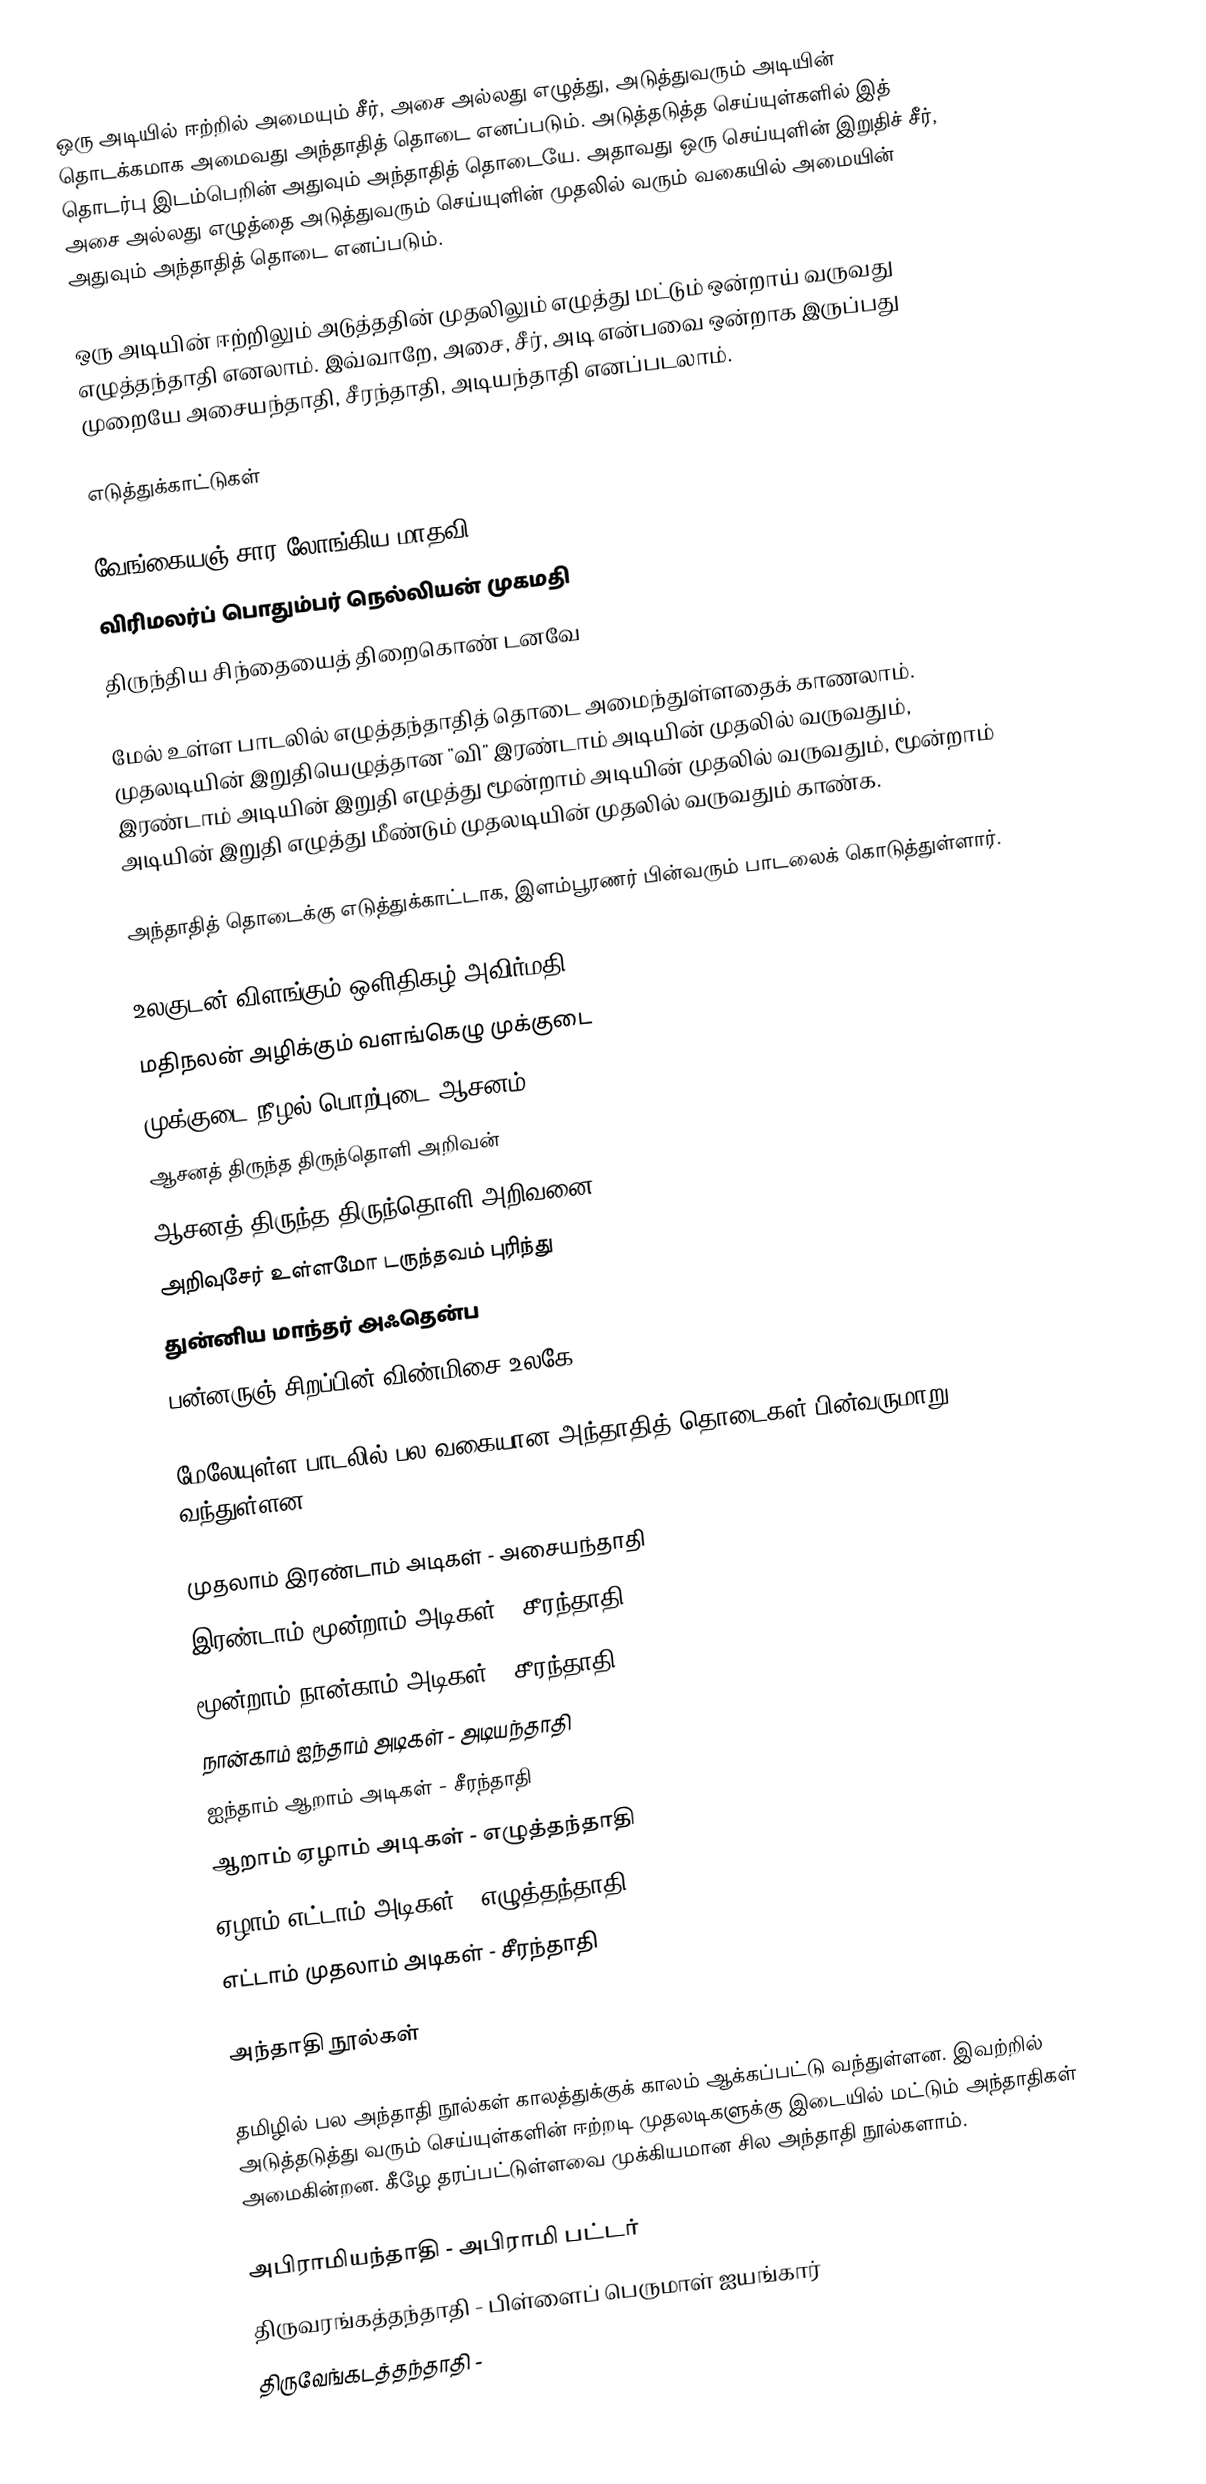
ஒரு அடியில் ஈற்றில் அமையும் சீர், அசை அல்லது எழுத்து, அடுத்துவரும் அடியின் தொடக்கமாக அமைவது அந்தாதித் தொடை எனப்படும். அடுத்தடுத்த செய்யுள்களில் இத் தொடர்பு இடம்பெறின் அதுவும் அந்தாதித் தொடையே. அதாவது ஒரு செய்யுளின் இறுதிச் சீர், அசை அல்லது எழுத்தை அடுத்துவரும் செய்யுளின் முதலில் வரும் வகையில் அமையின் அதுவும் அந்தாதித் தொடை எனப்படும்.

ஒரு அடியின் ஈற்றிலும் அடுத்ததின் முதலிலும் எழுத்து மட்டும் ஒன்றாய் வருவது எழுத்தந்தாதி எனலாம். இவ்வாறே, அசை, சீர், அடி என்பவை ஒன்றாக இருப்பது முறையே அசையந்தாதி, சீரந்தாதி, அடியந்தாதி எனப்படலாம்.

எடுத்துக்காட்டுகள்

 வேங்கையஞ் சார லோங்கிய மாதவி
 விரிமலர்ப் பொதும்பர் நெல்லியன் முகமதி
 திருந்திய சிந்தையைத் திறைகொண் டனவே

மேல் உள்ள பாடலில் எழுத்தந்தாதித் தொடை அமைந்துள்ளதைக் காணலாம். முதலடியின் இறுதியெழுத்தான "வி" இரண்டாம் அடியின் முதலில் வருவதும், இரண்டாம் அடியின் இறுதி எழுத்து மூன்றாம் அடியின் முதலில் வருவதும், மூன்றாம் அடியின் இறுதி எழுத்து மீண்டும் முதலடியின் முதலில் வருவதும் காண்க.

அந்தாதித் தொடைக்கு எடுத்துக்காட்டாக, இளம்பூரணர் பின்வரும் பாடலைக் கொடுத்துள்ளார்.

 உலகுடன் விளங்கும் ஒளிதிகழ் அவிர்மதி
 மதிநலன் அழிக்கும் வளங்கெழு முக்குடை
 முக்குடை நீழல் பொற்புடை ஆசனம்
 ஆசனத் திருந்த திருந்தொளி அறிவன்
 ஆசனத் திருந்த திருந்தொளி அறிவனை
 அறிவுசேர் உள்ளமோ டருந்தவம் புரிந்து
 துன்னிய மாந்தர் அஃதென்ப
 பன்னருஞ் சிறப்பின் விண்மிசை உலகே

மேலேயுள்ள பாடலில் பல வகையான அந்தாதித் தொடைகள் பின்வருமாறு வந்துள்ளன.

 முதலாம் இரண்டாம் அடிகள் - அசையந்தாதி
 இரண்டாம் மூன்றாம் அடிகள் - சீரந்தாதி
 மூன்றாம் நான்காம் அடிகள் - சீரந்தாதி
 நான்காம் ஐந்தாம் அடிகள் - அடியந்தாதி
 ஐந்தாம் ஆறாம் அடிகள் - சீரந்தாதி
 ஆறாம் ஏழாம் அடிகள் - எழுத்தந்தாதி
 ஏழாம் எட்டாம் அடிகள் - எழுத்தந்தாதி
 எட்டாம் முதலாம் அடிகள் - சீரந்தாதி

அந்தாதி நூல்கள்

தமிழில் பல அந்தாதி நூல்கள் காலத்துக்குக் காலம் ஆக்கப்பட்டு வந்துள்ளன. இவற்றில் அடுத்தடுத்து வரும் செய்யுள்களின் ஈற்றடி முதலடிகளுக்கு இடையில் மட்டும் அந்தாதிகள் அமைகின்றன. கீழே தரப்பட்டுள்ளவை முக்கியமான சில அந்தாதி நூல்களாம்.

 அபிராமியந்தாதி  - அபிராமி பட்டர்
 திருவரங்கத்தந்தாதி - பிள்ளைப் பெருமாள் ஐயங்கார்
 திருவேங்கடத்தந்தாதி -